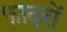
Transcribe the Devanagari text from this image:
फादरों